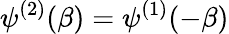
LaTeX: \psi^{(2)}(\beta)=\psi^{(1)}(-\beta)